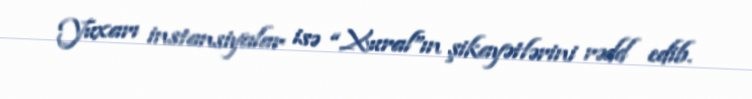
Yuxarı instansiyalar isə “Xural”ın şikayətlərini rədd edib.